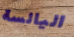
اليائسة